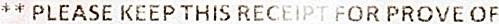
** PLEASE KEEP THIS RECEIPT FOR PROVE OF